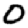
Digit: 0